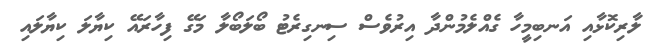
ލާރިކޮޅާއި އަނބިމީހާ ގެއްލެމުންދާ އިރުވެސް ސިނގިރެޓު ބޯލަބޯލާ މަގޭ ފިހާރައޭ ކިޔާލަ ކިޔާލައި